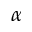
\alpha